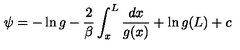
\psi = - \ln g - { \frac { 2 } { \beta } } \int _ { x } ^ { L } { \frac { d x } { g ( x ) } } + \ln g ( L ) + c